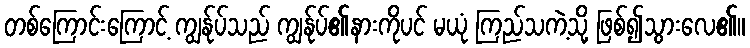
တစ်ကြောင်းကြောင့် ကျွန်ုပ်သည် ကျွန်ုပ်၏နားကိုပင် မယုံ ကြည်သကဲ့သို့ ဖြစ်၍သွားလေ၏။